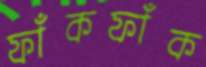
ফাঁকফাঁক